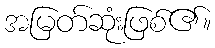
အမြတ်ဆုံးဖြစ်၏။